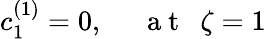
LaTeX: c_{1}^{(1)}=0,~~~~~\mathrm{~a~t~}~~\zeta=1